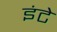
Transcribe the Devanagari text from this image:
इंटे